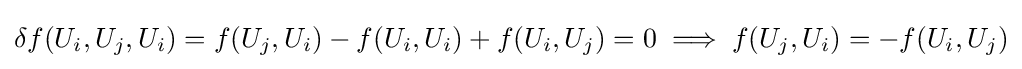
\delta f(U_{i},U_{j},U_{i})=f(U_{j},U_{i})-f(U_{i},U_{i})+f(U_{i},U_{j})=0\implies f(U_{j},U_{i})=-f(U_{i},U_{j})